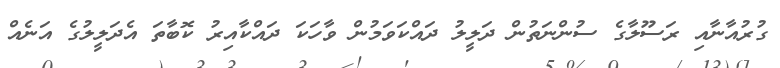
ގުރުއާނާއި ރަސޫލާގެ ސުންނަތުން ދަލީލު ދައްކަވަމުން ވާހަކަ ދައްކާއިރު ކޮބާތަ އެދަލީލުގެ އަނެއް